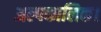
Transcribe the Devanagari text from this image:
अल्पकालिक।